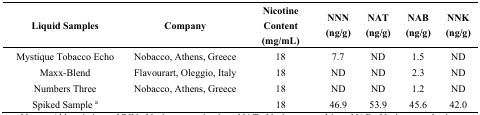
| Liquid Samples | Company | Nicotine Content (mg/mL) | NNN (ng/g) | NAT (ng/g) | NAB (ng/g) | NNK (ng/g) |
 | --- | --- | --- | --- | --- | --- | --- |
 | Mystique Tobacco Echo | Nobacco, Athens, Greece | 18 | 7.7 | ND | 1.5 | ND |
 | Maxx-Blend | Flavourart, Oleggio, Italy | 18 | ND | ND | 2.3 | ND |
 | Numbers Three | Nobacco, Athens, Greece | 18 | ND | ND | 1.2 | ND |
 | Spiked Sample a |  | 18 | 46.9 | 53.9 | 45.6 | 42.0 |